Annual administration report of the Civil Veterinary Department, Ajmere-Merwara, British Rajputana - 1914-1940
Year: 1914
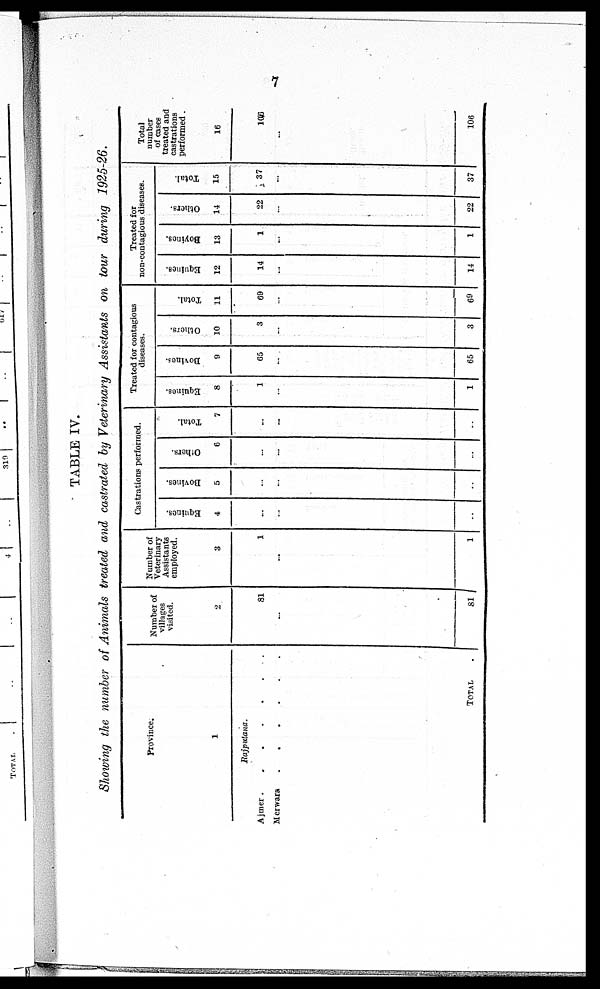
7
TABLE IV.
Showing the number of Animals treated and castrated by Veterinary Assistants on tour during 1925-26.
Province.
1
Rajputana.
Ajmer .
.
.
.
.
.
.
Merwara
.
.
.
.
.
.
TOTAL
Number of
villages
visited.
2
81
...
81
Number of
Veterinary
Assistants
employed.
3
1
...
1
Castrations performed.
Equines.
4
...
...
..
Bovines.
5
...
...
..
Others.
6
...
...
..
Total.
7
...
...
..
Treated for contagious
diseases.
Equines.
8
1
...
1
Bovines.
9
65
...
65
Others.
10
3
...
3
Total.
11
69
...
69
Treated for
non-contagious diseases.
Equines.
12
14
...
14
Bovines.
13
1
...
1
Others.
14
22
...
22
Total.
15
37
...
37
Total
number
of cases
treated and
castrations
performed .
16
106
..
106